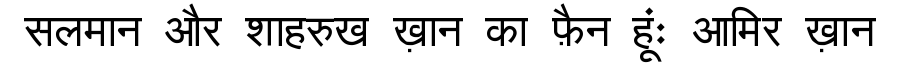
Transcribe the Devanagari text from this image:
सलमान और शाहरुख ख़ान का फ़ैन हूंः आमिर ख़ान